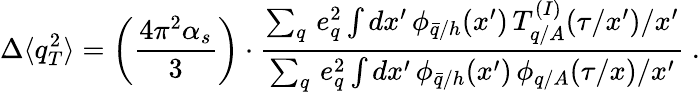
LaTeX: \Delta\langle q_{T}^{2}\rangle=\left(\frac{4\pi^{2}\alpha_{s}}{3}\right)\cdot\frac{\sum_{q}\, e_{q}^{2}\int dx^{\prime}\, \phi_{\bar{q}/h}(x^{\prime})\, T_{q/A}^{(I)}(\tau/x^{\prime})/x^{\prime}}{\sum_{q}\, e_{q}^{2}\int dx^{\prime}\, \phi_{\bar{q}/h}(x^{\prime})\, \phi_{q/A}(\tau/x)/x^{\prime}}\ .